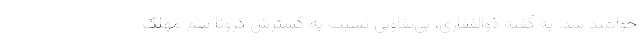
خواهند شد. به گفته ذوالفقاری، بی‌تفاوتی نسبت به گسترش کرونا سم مهلک